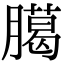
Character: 臈